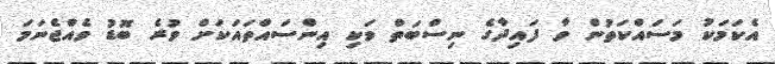
އެކަމަކު މަސައްކަތުން ވާ ފައިދާގެ ނިސްބަތް ވަކި އިންސައްތައަކަށް ވުރެ ބޮޑު ވެއްޖެނަމަ